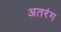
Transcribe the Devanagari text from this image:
अतरंग